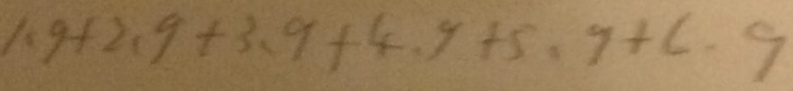
1 . 9 + 2 . 9 + 3 . 9 + 4 . 9 + 5 . 9 + 6 . 9